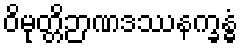
ဝိမုတ္တိဉာဏဒဿနက္ခန္ဓံ